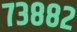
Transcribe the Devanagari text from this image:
७३८८२